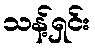
သန့်ရှင်း